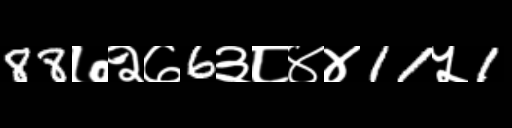
Text: 88७२७6३८४४11५1